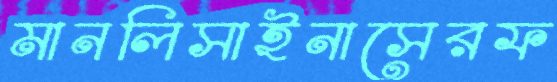
মানলিসাইনাসেরফ